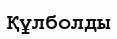
Құлболды